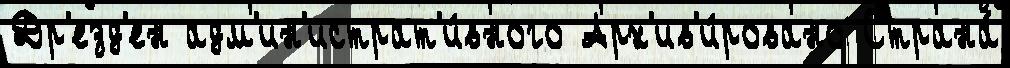
Др'езд'ен адм'ин'истрат'и́вного Арх'ив'и́ровано Страна́